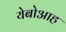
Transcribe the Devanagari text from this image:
येबोआह